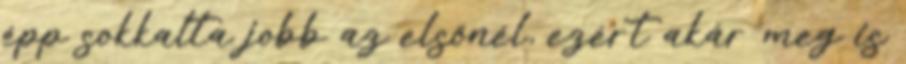
épp sokkalta jobb az elsőnél, ezért akár meg is